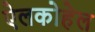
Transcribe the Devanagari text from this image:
ऐलकोहेल